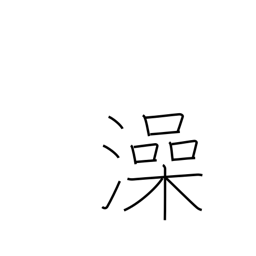
Meaning: wash